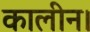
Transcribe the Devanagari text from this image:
कालीन।